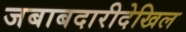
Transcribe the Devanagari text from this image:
जबाबदारीदेखिल